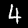
Digit: 4